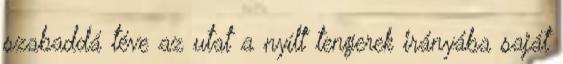
szabaddá téve az utat a nyílt tengerek irányába saját